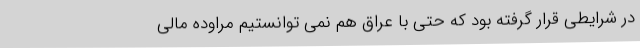
در شرایطی قرار گرفته بود که حتی با عراق هم نمی توانستیم مراوده مالی